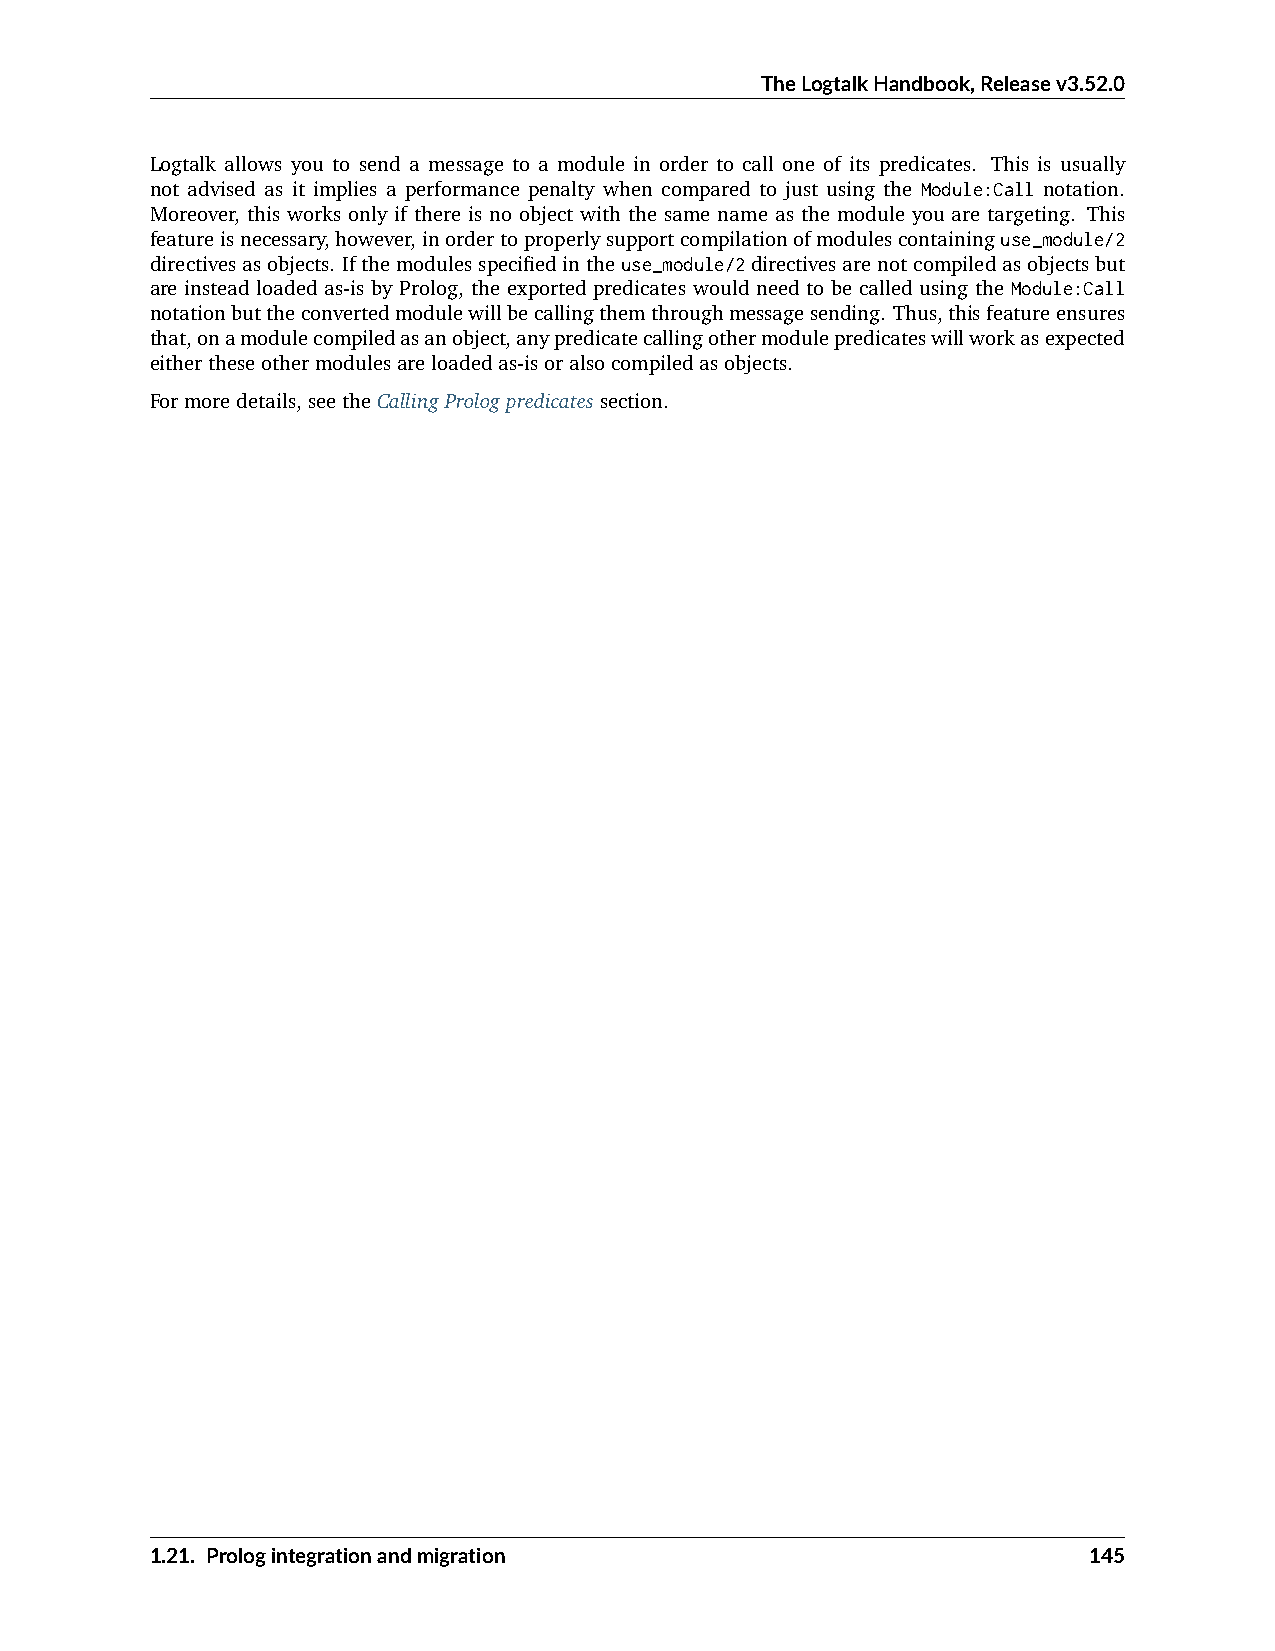
TheLogtalkHandbook,Releasev3.52.0
 Logtalk allows you to send a message to a module in order to call one of its predicates. This is usually
 not advised as it implies a performance penalty when compared to just using the Module:Call notation.
 Moreover, this works only if there is no object with the same name as the module you are targeting. This
 featureisnecessary,however,inordertoproperlysupportcompilationofmodulescontaininguse_module/2
 directivesasobjects. Ifthemodulesspecifiedintheuse_module/2directivesarenotcompiledasobjectsbut
 are instead loaded as-is by Prolog, the exported predicates would need to be called using the Module:Call
 notationbuttheconvertedmodulewillbecallingthemthroughmessagesending. Thus,thisfeatureensures
 that,onamodulecompiledasanobject,anypredicatecallingothermodulepredicateswillworkasexpected
 eithertheseothermodulesareloadedas-isoralsocompiledasobjects.
 Formoredetails,seetheCallingPrologpredicatessection.
 1.21. Prologintegrationandmigration                           145